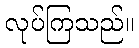
လုပ်ကြသည်။